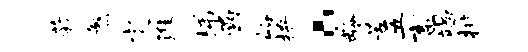
蔟煞定淮梯函峪拚。龄苦五畜竭排